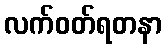
လက်ဝတ်ရတနာ